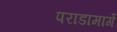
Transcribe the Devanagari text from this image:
परांडामार्गे